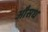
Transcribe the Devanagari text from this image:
औसध